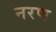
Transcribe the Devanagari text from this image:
नरण